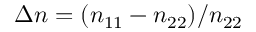
\Delta n = ( n _ { 1 1 } - n _ { 2 2 } ) / n _ { 2 2 }